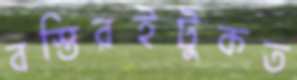
বস্তিরইটুকত